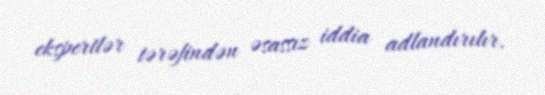
ekspertlər tərəfindən əsassız iddia adlandırılır.